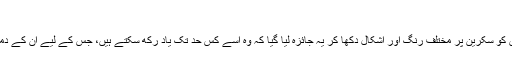
’’
اس تجربے میں ان بندروں کو سکرین پر مختلف رنگ اور اشکال دکھا کر یہ جائزہ لیا گیا کہ وہ اسے کس حد تک یاد رکھ سکتے ہیں، جس کے لیے ان کے دماغ کی ایم آر آئی کی گئی۔